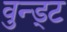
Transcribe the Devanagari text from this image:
वुन्ड्ट